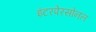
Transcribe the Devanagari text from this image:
इंटरपेरसोनल